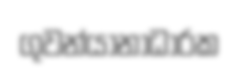
ගුවන්යානාධාරක